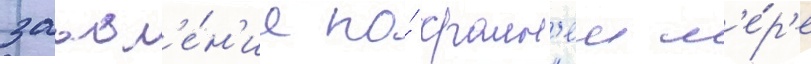
заавл'е́н'ие по́ краин'еи м'е́р'е